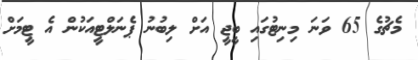
މެޗުގެ 65 ވަނަ މިނިޓުގައި ބީޖީ އަށް ލިބުނު ޕެނަލްޓީއަކުން އެ ޓީމަށް